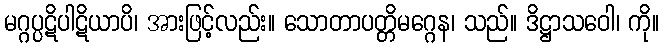
မဂ္ဂပ္ပဋိပါဋိယာပိ၊ အားဖြင့်လည်း။ သောတာပတ္တိမဂ္ဂေန၊ သည်။ ဒိဋ္ဌာသဝေါ၊ ကို။